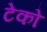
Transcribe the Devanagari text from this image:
टेको